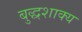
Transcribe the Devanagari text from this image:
बुद्धशाक्य